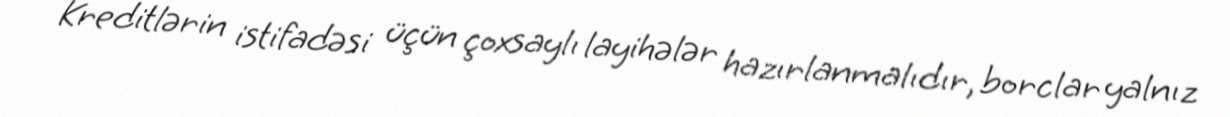
Kreditlərin istifadəsi üçün çoxsaylı layihələr hazırlanmalıdır, borclar yalnız